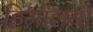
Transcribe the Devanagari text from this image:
हिमालयी